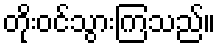
တိုးဝင်သွားကြသည်။